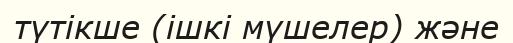
түтікше (ішкі мүшелер) және